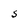
Character: S